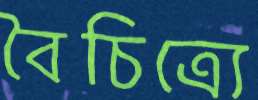
বৈচিত্র্যে